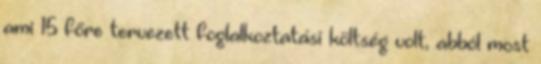
ami 15 főre tervezett foglalkoztatási költség volt, abból most